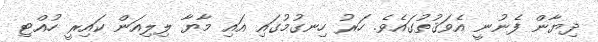
ދިޔާން ފެނުނީ އެވަޤުތުގައެވެ. ހަރު ހިނގުމުގައި އައި މާޔާ ލިލިއަން ކައިރީ ހުއްޓި